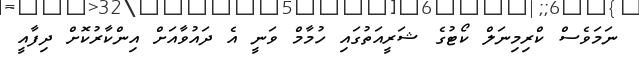
ނަމަވެސް ކްރިމިނަލް ކޯޓުގެ ޝަރީއަތުގައި ހުމާމް ވަނީ އެ ދައުވާއަށް އިންކާރުކޮށް ދިފާއީ